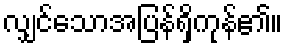
လျှင်သောအပြန်ရှိကုန်၏။